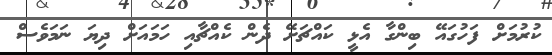
ކުރުމަށް ފަހުގައޭ ބިންގާ އެޅީ ކައްޗަށޭ ދެން ކެއްޗާއި ހަމައަށް ދިޔަ ނަމަވެސް